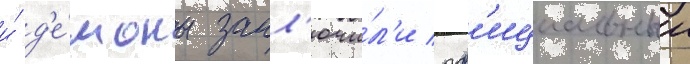
и́ д'е́моны закл'ючи́л'и оф'ициальныи